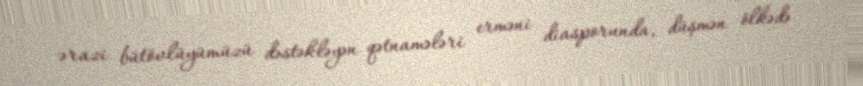
ərazi bütövlüyümüzü dəstəkləyən qətnamələri erməni diasporunda, düşmən ölkədə